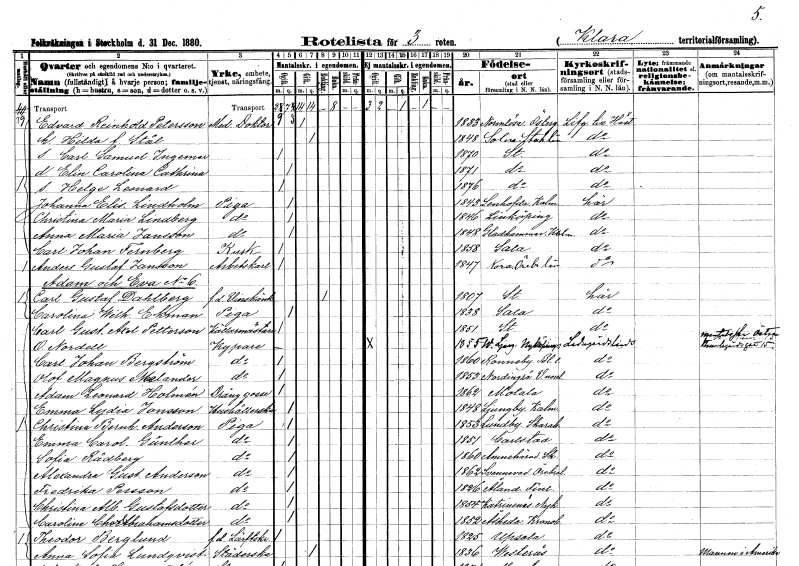
gt_parse: households: individuals: FN: Edvard Reinhold
EN: Petersson
YRKE: Medicine doktor
KON: M
CIV: G
FODAR: 1833
FODFORS: Normlösa Östergötlands län
FN: Hilda
EN: Stål
KON: K
CIV: G
FODAR: 1848
FODFORS: Solna Stockholms län
FN: Carl Samuel Ingemar
KON: M
CIV: O
FODAR: 1870
FODFORS: Stockholm
FN: Elin Carolina Cathrina
KON: K
CIV: O
FODAR: 1871
FODFORS: Stockholm
FN: Helge Leonard
KON: M
CIV: O
FODAR: 1876
FODFORS: Stockholm
FN: Johanna Elisabet
EN: Lindholm
YRKE: Piga
KON: K
CIV: O
FODAR: 1843
FODFORS: Lenhovda Kronobergs län
FN: Christina Maria
EN: Lindberg
YRKE: Piga
KON: K
CIV: O
FODAR: 1846
FODFORS: Linköping Östergötlands län
FN: Anna Maria
EN: Jansson
YRKE: Piga
KON: K
CIV: O
FODAR: 1848
FODFORS: Gladhammar Kalmar län
FN: Carl Johan
EN: Fernberg
YRKE: Kusk
KON: M
CIV: O
FODAR: 1858
FODFORS: Sala Västmanlands län
FN: Anders Gustaf
EN: Jansson
YRKE: Arbetskarl
KON: M
CIV: O
FODAR: 1847
FODFORS: Nora Örebro län
FN: Carl Gustaf
EN: Dahlberg
YRKE: Vinskänk f.d.
KON: M
CIV: E
FODAR: 1807
FODFORS: Stockholm
FN: Carolina Wilhelmina
EN: Ekman
YRKE: Piga
KON: K
CIV: O
FODAR: 1838
FODFORS: Sala Västmanlands län
FN: Carl Gustaf Axel
EN: Petterson
YRKE: Källarmästare
KON: M
CIV: O
FODAR: 1851
FODFORS: Stockholm
FN: O.
EN: Nordell
YRKE: Kypare
KON: M
CIV: O
FODAR: 1855
FODFORS: Västerljung Södermanlands län
FN: Carl Johan
EN: Bergström
YRKE: Kypare
KON: M
CIV: O
FODAR: 1860
FODFORS: Ronneby Blekinge län
FN: Olof Magnus
EN: Melander
YRKE: Kypare
KON: M
CIV: O
FODAR: 1853
FODFORS: Nordingrå Västernorrlands län
FN: Adam Leonard
EN: Holmén
YRKE: Dränggosse
KON: M
CIV: O
FODAR: 1862
FODFORS: Motala Östergötlands län
FN: Emma Lydia
EN: Jonsson
YRKE: Hushållerska
KON: K
CIV: O
FODAR: 1848
FODFORS: Ljungby Kalmar län
FN: Christina Bernhardina
EN: Anderson
YRKE: Piga
KON: K
CIV: O
FODAR: 1853
FODFORS: Lundby Skaraborgs län
FN: Emma Carolina
EN: Günther
YRKE: Piga
KON: K
CIV: O
FODAR: 1851
FODFORS: Karlstad Värmlands län
FN: Sofia
EN: Rådberg
YRKE: Piga
KON: K
CIV: O
FODAR: 1860
FODFORS: Amnehärad Skaraborgs län
FN: Alexandra Gustafva
EN: Anderson
YRKE: Piga
KON: K
CIV: O
FODAR: 1862
FODFORS: Svennevad Örebro län
FN: Fredrika
EN: Persson
YRKE: Piga
KON: K
CIV: O
FODAR: 1826
FN: Christina Albertina
EN: Gustafsdotter
YRKE: Piga
KON: K
CIV: O
FODAR: 1854
FODFORS: Kattnäs Södermanlands län
FN: Carolina Charlotta
EN: Abrahamsdotter
YRKE: Piga
KON: K
CIV: O
FODAR: 1852
FODFORS: Åseda Kronobergs län
FN: Theodor
EN: Berglund
YRKE: Lärftskramhandlare f.d.
KON: M
CIV: O
FODAR: 1825
FODFORS: Uppsala Uppsala län
FN: Anna Sofia
EN: Lundqvist
YRKE: Städerska
KON: K
CIV: G
FODAR: 1836
FODFORS: Västerås Västmanlands län